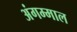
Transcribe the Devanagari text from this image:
अंगम्माल